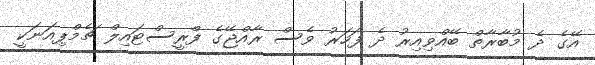
އޭގެ ދެ މުބާރާތް ބޭއްވިއިރު ދެ ފަހަރު ވެސް ރާއްޖޭގެ ފްރީސްޓައިލް ޗެމްޕިއަނަކީ